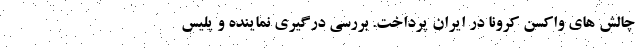
چالش های واکسن کرونا در ایران پرداخت. بررسی درگیری نماینده و پلیس